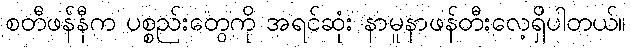
စတီဖန်နီက ပစ္စည်းတွေကို အရင်ဆုံး နာမူနာဖန်တီးလေ့ရှိပါတယ်။